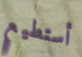
أستطيع